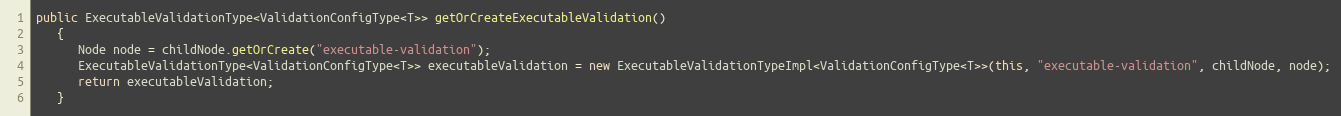
Language: Java
public ExecutableValidationType<ValidationConfigType<T>> getOrCreateExecutableValidation()
   {
      Node node = childNode.getOrCreate("executable-validation");
      ExecutableValidationType<ValidationConfigType<T>> executableValidation = new ExecutableValidationTypeImpl<ValidationConfigType<T>>(this, "executable-validation", childNode, node);
      return executableValidation;
   }